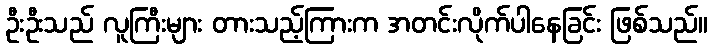
ဦးဦးသည် လူကြီးများ တားသည့်ကြားက အတင်းလိုက်ပါနေခြင်း ဖြစ်သည်။